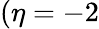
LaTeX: (\eta=-2